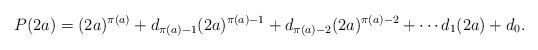
LaTeX: \begin{align*}P(2a) = (2a)^{\pi(a)} + d_{\pi(a) - 1}(2a)^{\pi(a) - 1} + d_{\pi(a) - 2}(2a)^{\pi(a) - 2} + \cdots d_1(2a) + d_0.\end{align*}